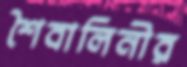
শৈবালিনীর